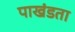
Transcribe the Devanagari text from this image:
पाखंडता